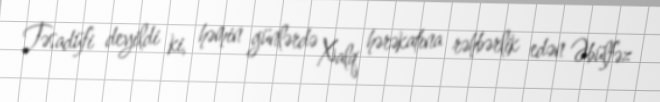
Təsadüfi deyildi ki, həmin günlərdə Xalq hərəkatına rəhbərlik edən Əbülfəz